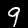
Label: 9